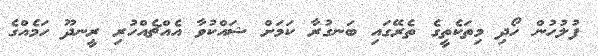
ފުލުހުން ހޯދި މިތަކެތީގެ ތެރޭގައި ބަނގުރާ ކަމަށް ޝައްކުވާ އެއްޗެއްހުރި ރީނދޫ ހަމެއްގެ